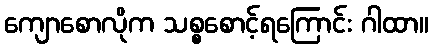
ကျောစောလိုက သစ္စစောင့်ရကြောင်း ဂါထာ။